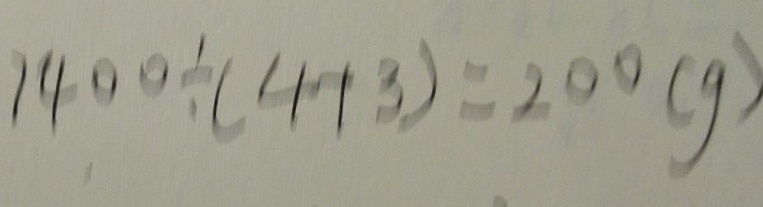
1 4 0 0 \div ( 4 + 3 ) = 2 0 0 ( g )